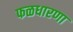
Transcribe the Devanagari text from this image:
फळधारणा